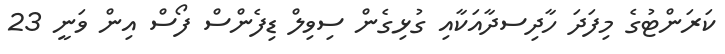
ކަރަންޓުގެ މިފަދަ ހާދިސދާއަކާއި ގުޅިގެން ސިވިލް ޑިފެންސް ފޯސް އިން ވަނީ 23